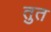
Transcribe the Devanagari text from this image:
तुत